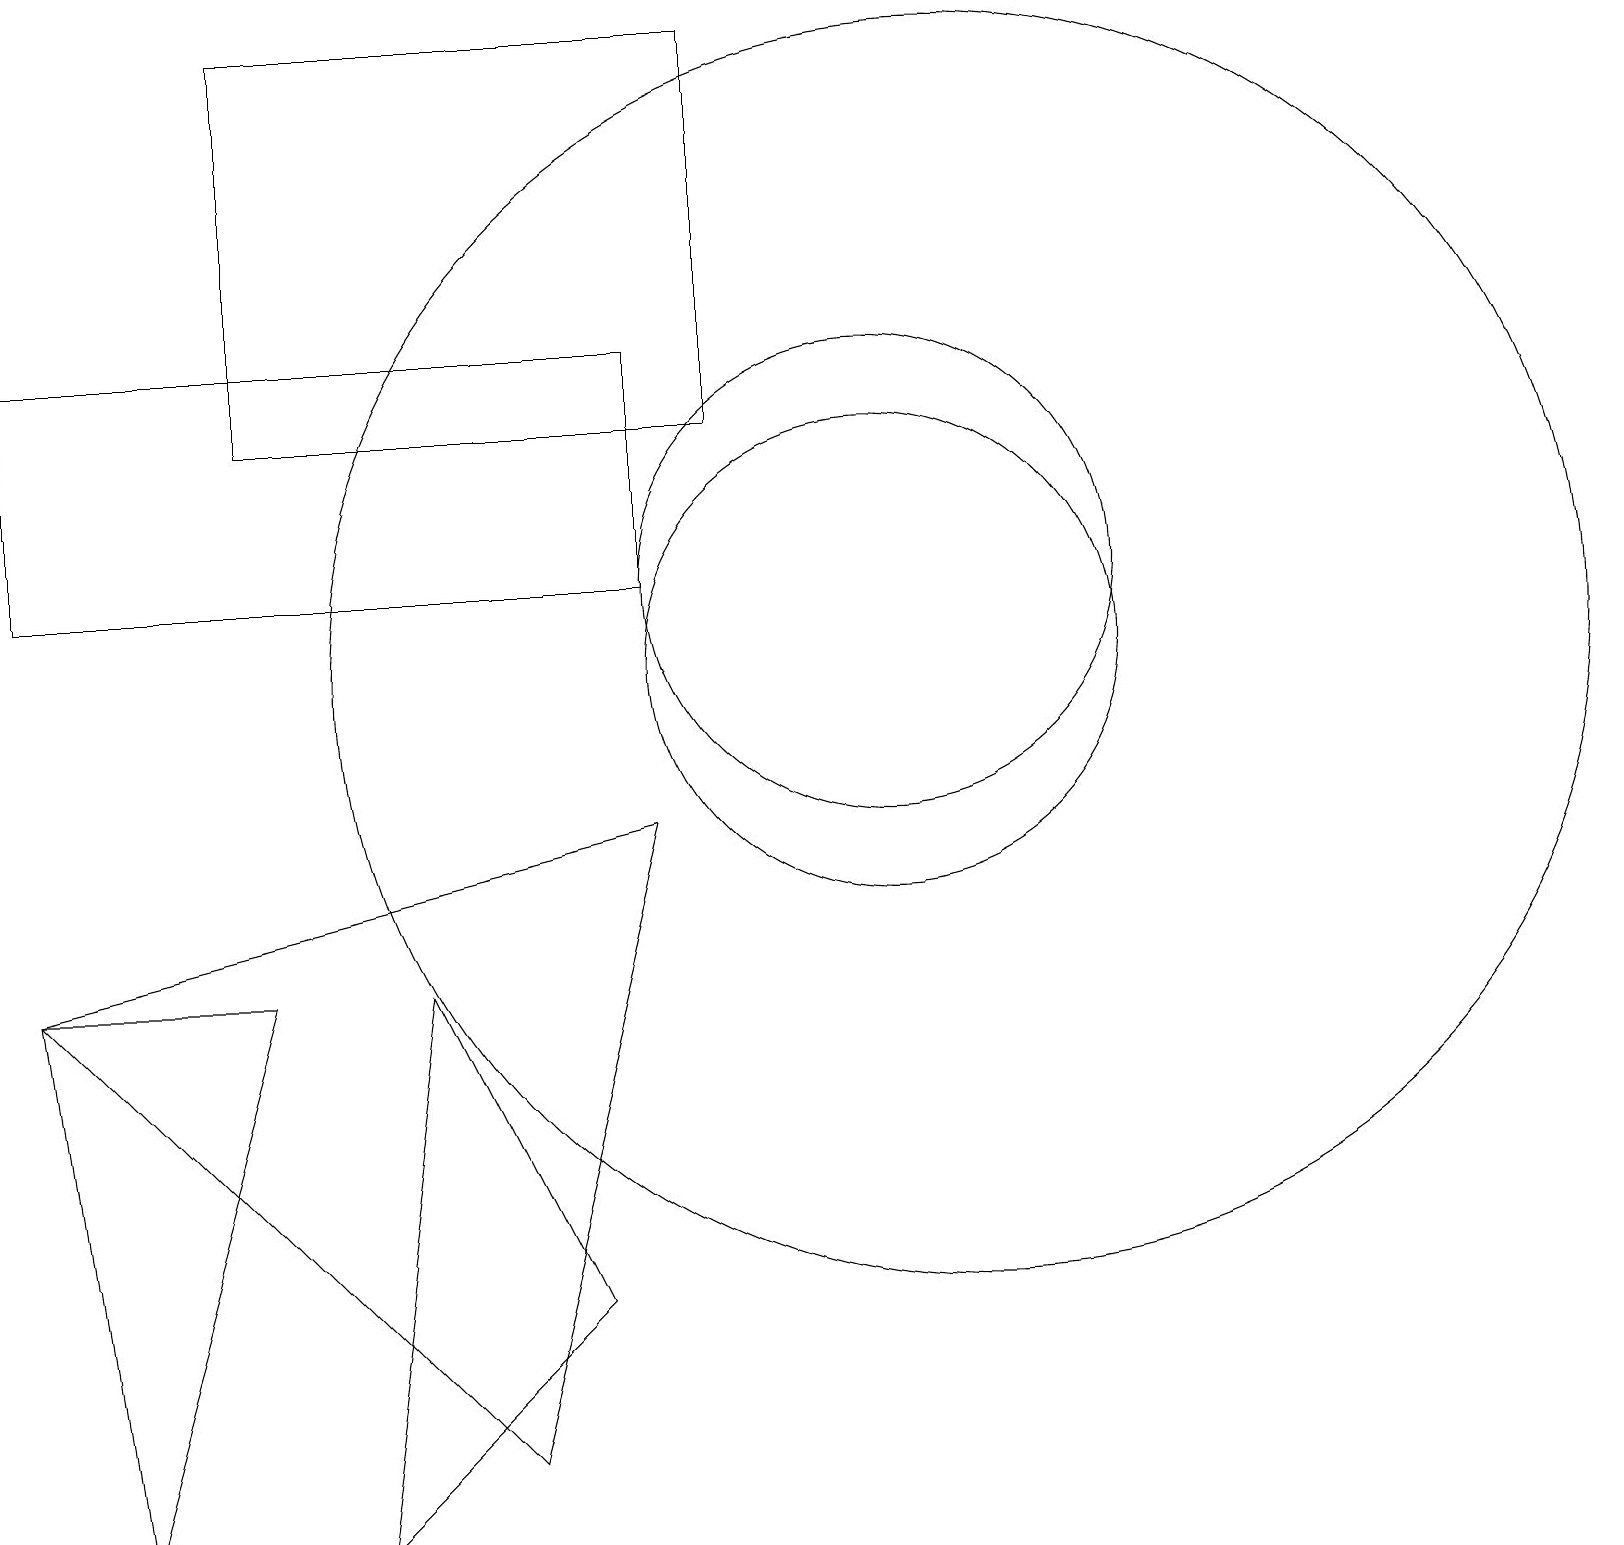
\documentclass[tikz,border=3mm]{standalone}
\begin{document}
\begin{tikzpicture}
\draw (5,7) -- (4,0) -- (7,3) -- cycle;
\draw (0,15) rectangle (8,12);
\draw (0,7) -- (3,7) -- (1,0) -- cycle;
\draw (8,9) -- (0,7) -- (6,1) -- cycle;
\draw (12,11) circle (8);
\draw (11,11) circle (3);
\draw (11,12) circle (3);
\draw (9,14) rectangle (3,19);
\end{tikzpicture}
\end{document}